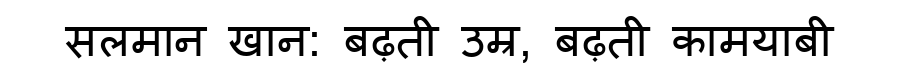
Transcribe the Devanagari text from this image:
सलमान खान: बढ़ती उम्र, बढ़ती कामयाबी